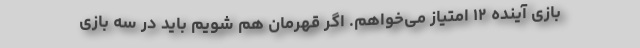
بازی آینده ۱۲ امتیاز می‌خواهم. اگر قهرمان هم شویم باید در سه بازی